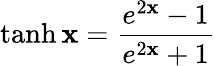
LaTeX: \operatorname{tanh}\mathbf{x}={\frac{{e^{2\mathbf{x}}-1}}{{e^{2\mathbf{x}}+1}}}